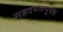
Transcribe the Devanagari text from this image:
सह्रदयतापूर्वक